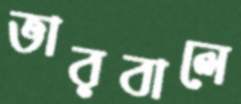
ভারবালে